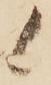
候